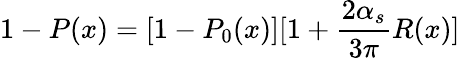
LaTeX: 1-P(x)=[1-P_{0}(x)][1+{\frac{2\alpha_{s}}{3\pi}}R(x)]